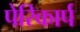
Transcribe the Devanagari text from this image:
पेरिकार्प